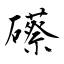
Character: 礤